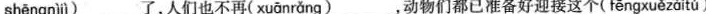
shēngnìjì )___了，人们也不再( xuānrǎng )___，动物们都已准备好迎接这个( fēngxuězàitú )